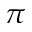
\pi